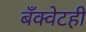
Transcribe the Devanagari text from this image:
बँक्वेटही